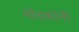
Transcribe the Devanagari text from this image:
मोदकांनी